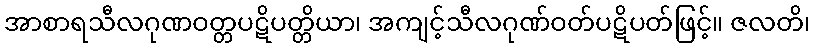
အာစာရသီလဂုဏဝတ္တပဋိပတ္တိယာ၊ အကျင့်သီလဂုဏ်ဝတ်ပဋိပတ်ဖြင့်။ ဇလတိ၊